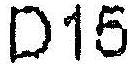
D15